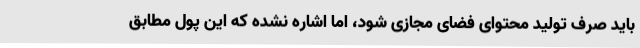
باید صرف تولید محتوای فضای مجازی شود، اما اشاره نشده که این پول مطابق